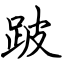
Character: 跛